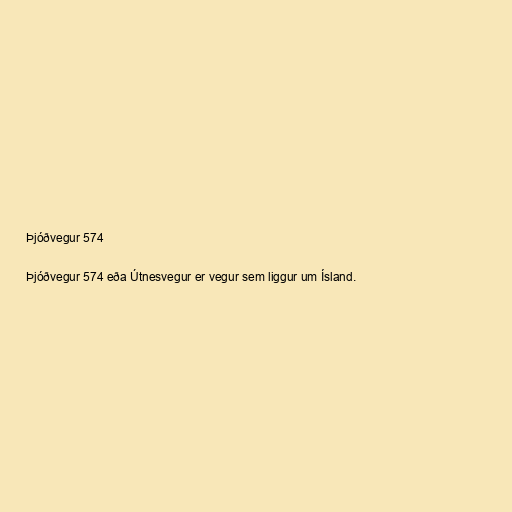
Þjóðvegur 574

Þjóðvegur 574 eða Útnesvegur er vegur sem liggur um Ísland.